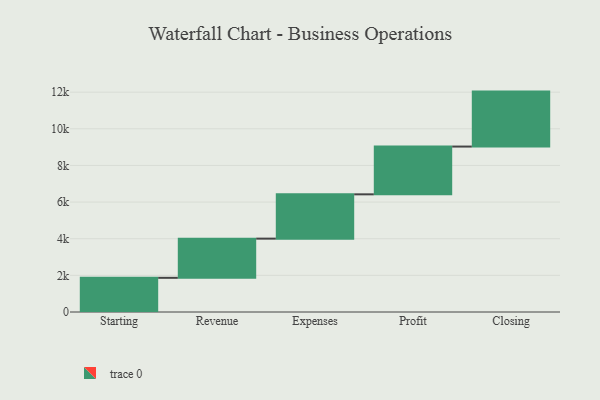
{"axis": {"x": "Step", "y": "Value"}, "legend": [""], "data": [{"x": "Starting", "y": 1866.0, "type": ""}, {"x": "Revenue", "y": 2139.0, "type": ""}, {"x": "Expenses", "y": 2418.0, "type": ""}, {"x": "Profit", "y": 2608.0, "type": ""}, {"x": "Closing", "y": 3000, "type": ""}]}